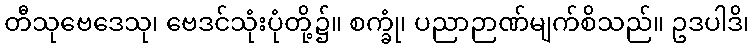
တီသုဗေဒေသု၊ ဗေဒင်သုံးပုံတို့၌။ စက္ခုံ၊ ပညာဉာဏ်မျက်စိသည်။ ဥဒပါဒိ၊